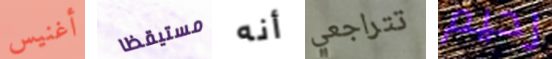
أغنيس مستيقظا أنه تتراجعي رحيم